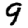
Digit: 9